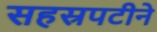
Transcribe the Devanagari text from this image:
सहस्रपटीने